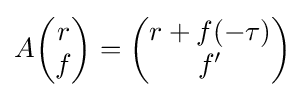
A{\begin{pmatrix}r\\f\end{pmatrix}}={\begin{pmatrix}r+f(-\tau )\\f'\end{pmatrix}}